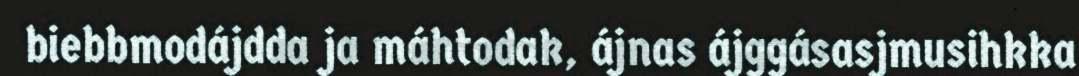
biebbmodájdda ja máhtodak, ájnas ájggásasjmusihkka